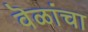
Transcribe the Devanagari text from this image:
वॆळांचा